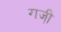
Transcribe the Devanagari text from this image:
राजी़